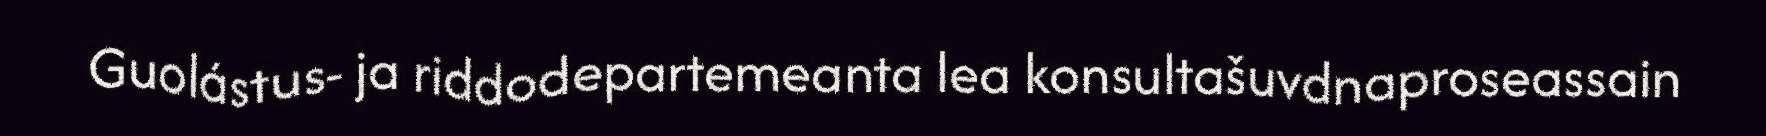
Guolástus- ja riddodepartemeanta lea konsultašuvdnaproseassain